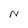
Character: N